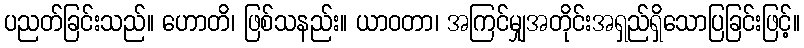
ပညတ်ခြင်းသည်။ ဟောတိ၊ ဖြစ်သနည်း။ ယာဝတာ၊ အကြင်မျှအတိုင်းအရှည်ရှိသောပြခြင်းဖြင့်။